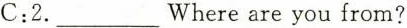
C:2. ___ Whereare you from?